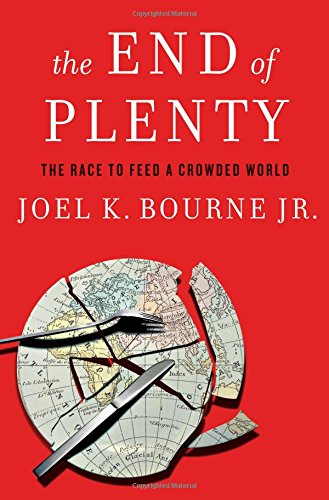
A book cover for The End of Plenty: The Race to Feed a Crowded World; Joel K. Bourne Jr; Cookbooks, Food & Wine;